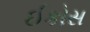
ઈકોસ